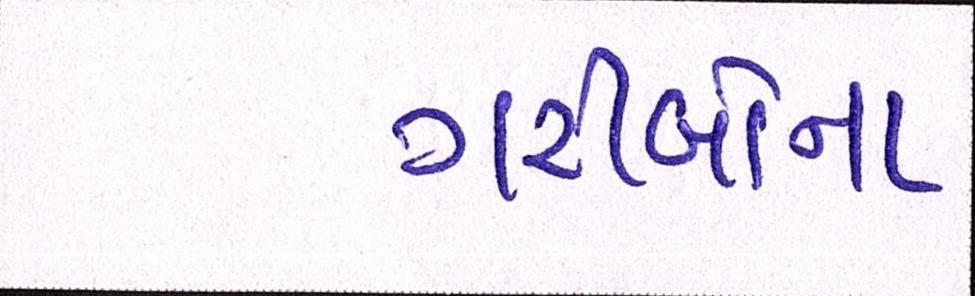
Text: ગરીબોના